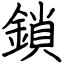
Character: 鎖